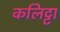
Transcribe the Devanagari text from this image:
कलिट्टा